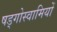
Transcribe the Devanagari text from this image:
षड्गोस्वामियों